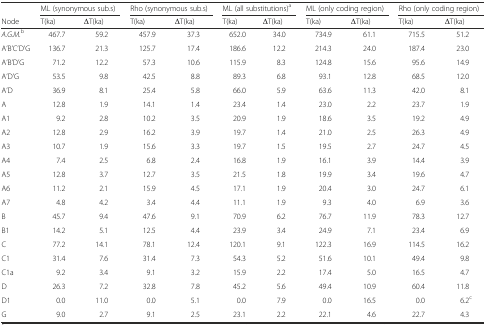
<table><thead><tr><td></td><td colspan="2"><b>ML (synonymous sub.s)</b></td><td colspan="2"><b>Rho (synonymous sub.s)</b></td><td colspan="2"><b>ML (all substitutions)<sup>a</sup></b></td><td colspan="2"><b>ML (only coding region)</b></td><td colspan="2"><b>Rho (only coding region)</b></td></tr><tr><td><b>Node</b></td><td><b>T(ka)</b></td><td><b>ΔT(ka)</b></td><td><b>T(ka)</b></td><td><b>ΔT(ka)</b></td><td><b>T(ka)</b></td><td><b>ΔT(ka)</b></td><td><b>T(ka)</b></td><td><b>ΔT(ka)</b></td><td><b>T(ka)</b></td><td><b>ΔT(ka)</b></td></tr></thead><tbody><tr><td><i>A.G.M.</i><sup>b</sup></td><td>467.7</td><td>59.2</td><td>457.9</td><td>37.3</td><td>652.0</td><td>34.0</td><td>734.9</td><td>61.1</td><td>715.5</td><td>51.2</td></tr><tr><td>A’B’C’D’G</td><td>136.7</td><td>21.3</td><td>125.7</td><td>17.4</td><td>186.6</td><td>12.2</td><td>214.3</td><td>24.0</td><td>187.4</td><td>23.0</td></tr><tr><td>A’B’D’G</td><td>71.2</td><td>12.2</td><td>57.3</td><td>10.6</td><td>115.9</td><td>8.3</td><td>124.8</td><td>15.6</td><td>95.6</td><td>14.9</td></tr><tr><td>A’D’G</td><td>53.5</td><td>9.8</td><td>42.5</td><td>8.8</td><td>89.3</td><td>6.8</td><td>93.1</td><td>12.8</td><td>68.5</td><td>12.0</td></tr><tr><td>A’D</td><td>36.9</td><td>8.1</td><td>25.4</td><td>5.8</td><td>66.0</td><td>5.9</td><td>63.6</td><td>11.3</td><td>42.0</td><td>8.1</td></tr><tr><td>A</td><td>12.8</td><td>1.9</td><td>14.1</td><td>1.4</td><td>23.4</td><td>1.4</td><td>23.0</td><td>2.2</td><td>23.7</td><td>1.9</td></tr><tr><td>A1</td><td>9.2</td><td>2.8</td><td>10.2</td><td>3.5</td><td>20.9</td><td>1.9</td><td>18.6</td><td>3.5</td><td>19.2</td><td>4.9</td></tr><tr><td>A2</td><td>12.8</td><td>2.9</td><td>16.2</td><td>3.9</td><td>19.7</td><td>1.4</td><td>21.0</td><td>2.5</td><td>26.3</td><td>4.9</td></tr><tr><td>A3</td><td>10.7</td><td>1.9</td><td>15.6</td><td>3.3</td><td>19.7</td><td>1.5</td><td>19.5</td><td>2.7</td><td>24.7</td><td>4.5</td></tr><tr><td>A4</td><td>7.4</td><td>2.5</td><td>6.8</td><td>2.4</td><td>16.8</td><td>1.9</td><td>16.1</td><td>3.9</td><td>14.4</td><td>3.9</td></tr><tr><td>A5</td><td>12.8</td><td>3.7</td><td>12.7</td><td>3.5</td><td>21.5</td><td>1.8</td><td>19.9</td><td>3.4</td><td>19.6</td><td>4.7</td></tr><tr><td>A6</td><td>11.2</td><td>2.1</td><td>15.9</td><td>4.5</td><td>17.1</td><td>1.9</td><td>20.4</td><td>3.0</td><td>24.7</td><td>6.1</td></tr><tr><td>A7</td><td>4.8</td><td>4.2</td><td>3.4</td><td>4.4</td><td>11.1</td><td>1.9</td><td>9.3</td><td>4.0</td><td>6.9</td><td>3.6</td></tr><tr><td>B</td><td>45.7</td><td>9.4</td><td>47.6</td><td>9.1</td><td>70.9</td><td>6.2</td><td>76.7</td><td>11.9</td><td>78.3</td><td>12.7</td></tr><tr><td>B1</td><td>14.2</td><td>5.1</td><td>12.5</td><td>4.4</td><td>23.9</td><td>3.4</td><td>24.9</td><td>7.1</td><td>23.4</td><td>6.9</td></tr><tr><td>C</td><td>77.2</td><td>14.1</td><td>78.1</td><td>12.4</td><td>120.1</td><td>9.1</td><td>122.3</td><td>16.9</td><td>114.5</td><td>16.2</td></tr><tr><td>C1</td><td>31.4</td><td>7.6</td><td>31.4</td><td>7.3</td><td>54.3</td><td>5.2</td><td>51.6</td><td>10.1</td><td>49.4</td><td>9.8</td></tr><tr><td>C1a</td><td>9.2</td><td>3.4</td><td>9.1</td><td>3.2</td><td>15.9</td><td>2.2</td><td>17.4</td><td>5.0</td><td>16.5</td><td>4.7</td></tr><tr><td>D</td><td>26.3</td><td>7.2</td><td>32.8</td><td>7.8</td><td>45.2</td><td>5.6</td><td>49.4</td><td>10.9</td><td>60.4</td><td>11.8</td></tr><tr><td>D1</td><td>0.0</td><td>11.0</td><td>0.0</td><td>5.1</td><td>0.0</td><td>7.9</td><td>0.0</td><td>16.5</td><td>0.0</td><td>6.2<sup>c</sup></td></tr><tr><td>G</td><td>9.0</td><td>2.7</td><td>9.1</td><td>2.5</td><td>23.1</td><td>2.2</td><td>22.1</td><td>4.6</td><td>22.7</td><td>4.3</td></tr></tbody></table>